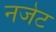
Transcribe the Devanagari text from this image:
नजेट